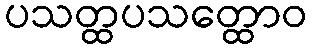
ပသတ္ထပသတ္ထောဝ